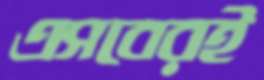
এসবেরই